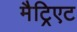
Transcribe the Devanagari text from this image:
मैट्रिएट